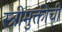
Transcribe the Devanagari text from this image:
स्त्रीमुक्तीची